Civil Veterinary Department. Central Provinces & Berar 1925-31 - 1925-1931
Year: 1925
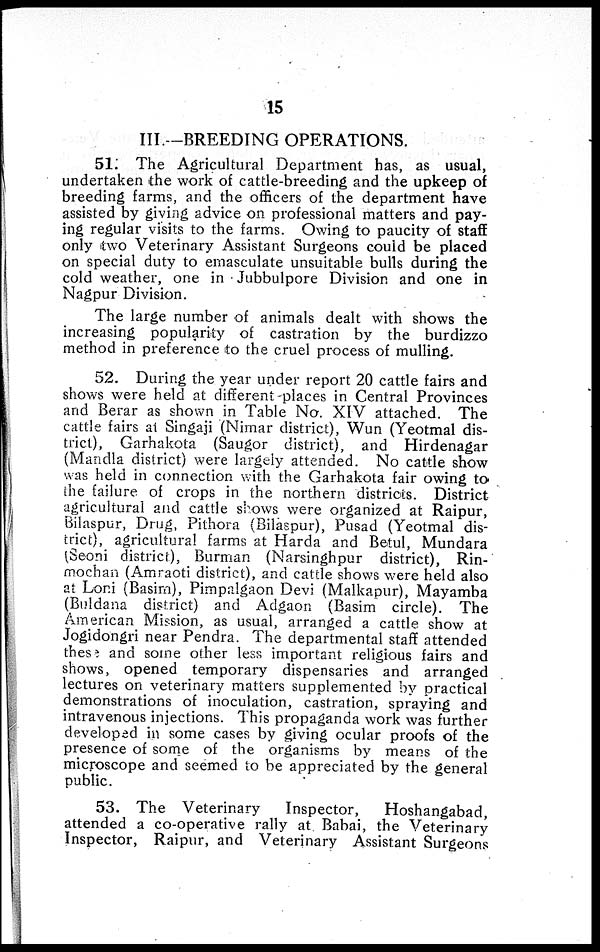
15
III.-BREEDING OPERATIONS.
51. The Agricultural Department has, as usual,
undertaken the work of cattle-breeding and the upkeep of
breeding farms, and the officers of the department have
assisted by giving advice on professional matters and pay-
ing regular visits to the farms. Owing to paucity of staff
only two Veterinary Assistant Surgeons could be placed
on special duty to emasculate unsuitable bulls during the
cold weather, one in Jubbulpore Division and one in
Nagpur Division.
The large number of animals dealt with shows the
increasing popularity of castration by the burdizzo
method in preference to the cruel process of mulling.
52. During the year under report 20 cattle fairs and
shows were held at different places in Central Provinces
and Berar as shown in Table No. XIV attached. The
cattle fairs at Singaji (Nimar district), Wun (Yeotmal dis-
trict), Garhakota (Saugor district), and Hirdenagar
(Mandla district) were largely attended. No cattle show
was held in connection with the Garhakota fair owing to
the failure of crops in the northern districts. District
agricultural and cattle shows were organized at Raipur,
Bilaspur, Drug, Pithora (Bilaspur), Pusad (Yeotmal dis-
trict), agricultural farms at Harda and Betul, Mundara
(Seoni district), Burman (Narsinghpur district), Rin-
mochan (Amraoti district), and cattle shows were held also
at Loni (Basim), Pimpalgaon Devi (Malkapur), Mayamba
(Buldana district) and Adgaon (Basim circle). The
American Mission, as usual, arranged a cattle show at
Jogidongri near Pendra. The departmental staff attended
these and some other less important religious fairs and
shows, opened temporary dispensaries and arranged
lectures on veterinary matters supplemented by practical
demonstrations of inoculation, castration, spraying and
intravenous injections. This propaganda work was further
developed in some cases by giving ocular proofs of the
presence of some of the organisms by means of the
microscope and seemed to be appreciated by the general
public.
53. The Veterinary
Inspector,
Hoshangabad,
attended a co-operative rally at Babai, the Veterinary
Inspector, Raipur, and Veterinary Assistant Surgeons